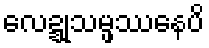
လေဍ္ဍုသမ္ဖဿေနပိ